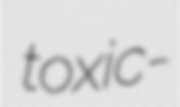
toxic-